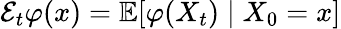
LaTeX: {\mathcal{E}}_{t}\varphi(x)=\mathbb{E}[\varphi(X_{t})\mid X_{0}=x]